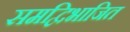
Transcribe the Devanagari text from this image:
समद्विभाजित